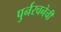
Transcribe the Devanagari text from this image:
पुर्नरचनेची